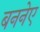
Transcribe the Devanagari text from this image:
बननेए